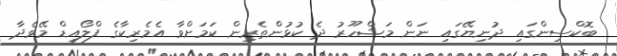
ބޮކްސިންގައި ދުނިޔޭގައި ނަން މަޝްހޫރު ދެ ކުޅުންތެރިން ކަމަށްވާ އެމެރިކާގެ ފްލޯއިޑް މޭވެދާ